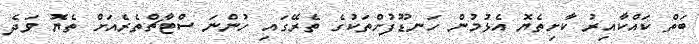
ބަތް ކައްކާއިރު ކާށިތެޔޮ އެޅުމުން ހަނޑޫފުށްތަކުގެ ތެރޭގައި ހުންނަ ސްޓާޗްތެރެއަށް ތެޔޮ ވަދެ